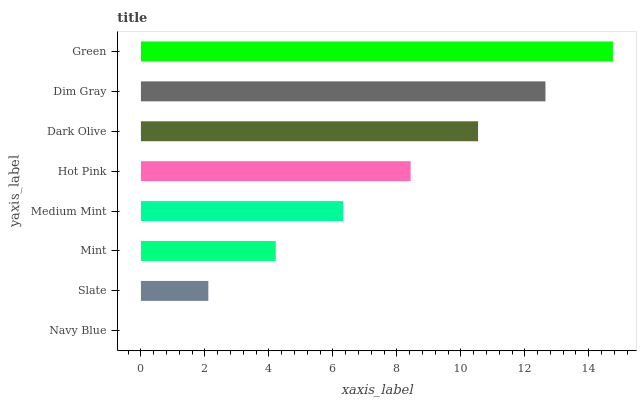
| yaxis_label | bars |
 | --- | --- |
 | Navy Blue | 0 |
 | Slate | 2.11 |
 | Mint | 4.22 |
 | Medium Mint | 6.32 |
 | Hot Pink | 8.43 |
 | Dark Olive | 10.5 |
 | Dim Gray | 12.6 |
 | Green | 14.8 |